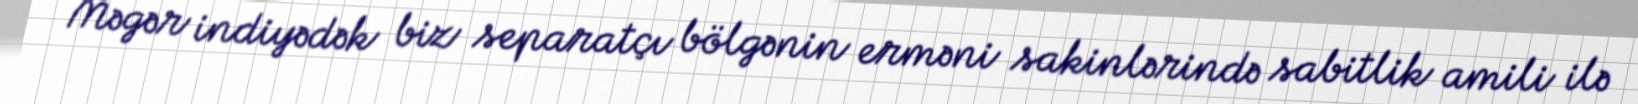
Məgər indiyədək biz separatçı bölgənin erməni sakinlərində sabitlik amili ilə